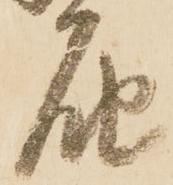
届